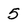
Character: 5